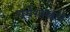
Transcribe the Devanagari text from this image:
धर्मशास्त्राने